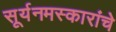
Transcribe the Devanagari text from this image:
सूर्यनमस्कारांचे